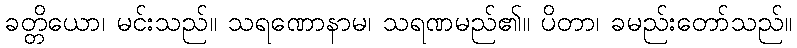
ခတ္တိယော၊ မင်းသည်။ သရဏောနာမ၊ သရဏမည်၏။ ပိတာ၊ ခမည်းတော်သည်။